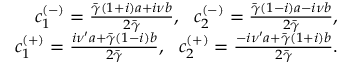
\begin{array} { r l r } & { } & { c _ { 1 } ^ { ( - ) } = \frac { \bar { \gamma } ( 1 + i ) a + i \nu b } { 2 \bar { \gamma } } , ~ ~ c _ { 2 } ^ { ( - ) } = \frac { \bar { \gamma } ( 1 - i ) a - i \nu b } { 2 \bar { \gamma } } , } \\ & { } & { c _ { 1 } ^ { ( + ) } = \frac { i \nu ^ { \prime } a + \bar { \gamma } ( 1 - i ) b } { 2 \bar { \gamma } } , ~ ~ c _ { 2 } ^ { ( + ) } = \frac { - i \nu ^ { \prime } a + \bar { \gamma } ( 1 + i ) b } { 2 \bar { \gamma } } . } \end{array}